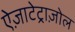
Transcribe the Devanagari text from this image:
ऐज़ाटेट्राज़ोल